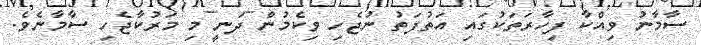
ސާމާނު ވިއްކާ ފިހާރަތަކުގައި އަތުފަތު ނުޖެހި ވިކެމުން ދަނީ މި މަރުކާޖެހި ސާމާނެވެ.